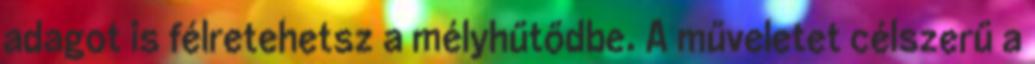
adagot is félretehetsz a mélyhűtődbe. A műveletet célszerű a